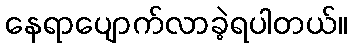
နေရာပျောက်လာခဲ့ရပါတယ်။